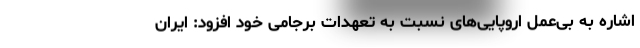
اشاره به بی‌عمل اروپایی‌های نسبت به تعهدات برجامی خود افزود: ایران